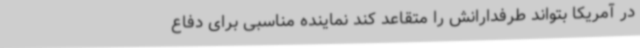
در آمریکا بتواند طرفدارانش را متقاعد کند نماینده مناسبی برای دفاع